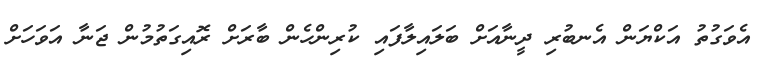
އެވަގުތު އަކްޔަން އެނބުރި ދީނާއަށް ބަލައިލާފައި ކުރިންހެން ބާރަށް ރޮއިގަތުމުން ޖަނާ އަވަހަށް